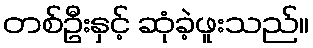
တစ်ဦးနှင့် ဆုံခဲ့ဖူးသည်။